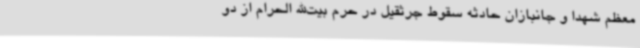
معظم شهدا و جانبازان حادثه سقوط جرثقیل در حرم بیت‌الله الحرام از دو